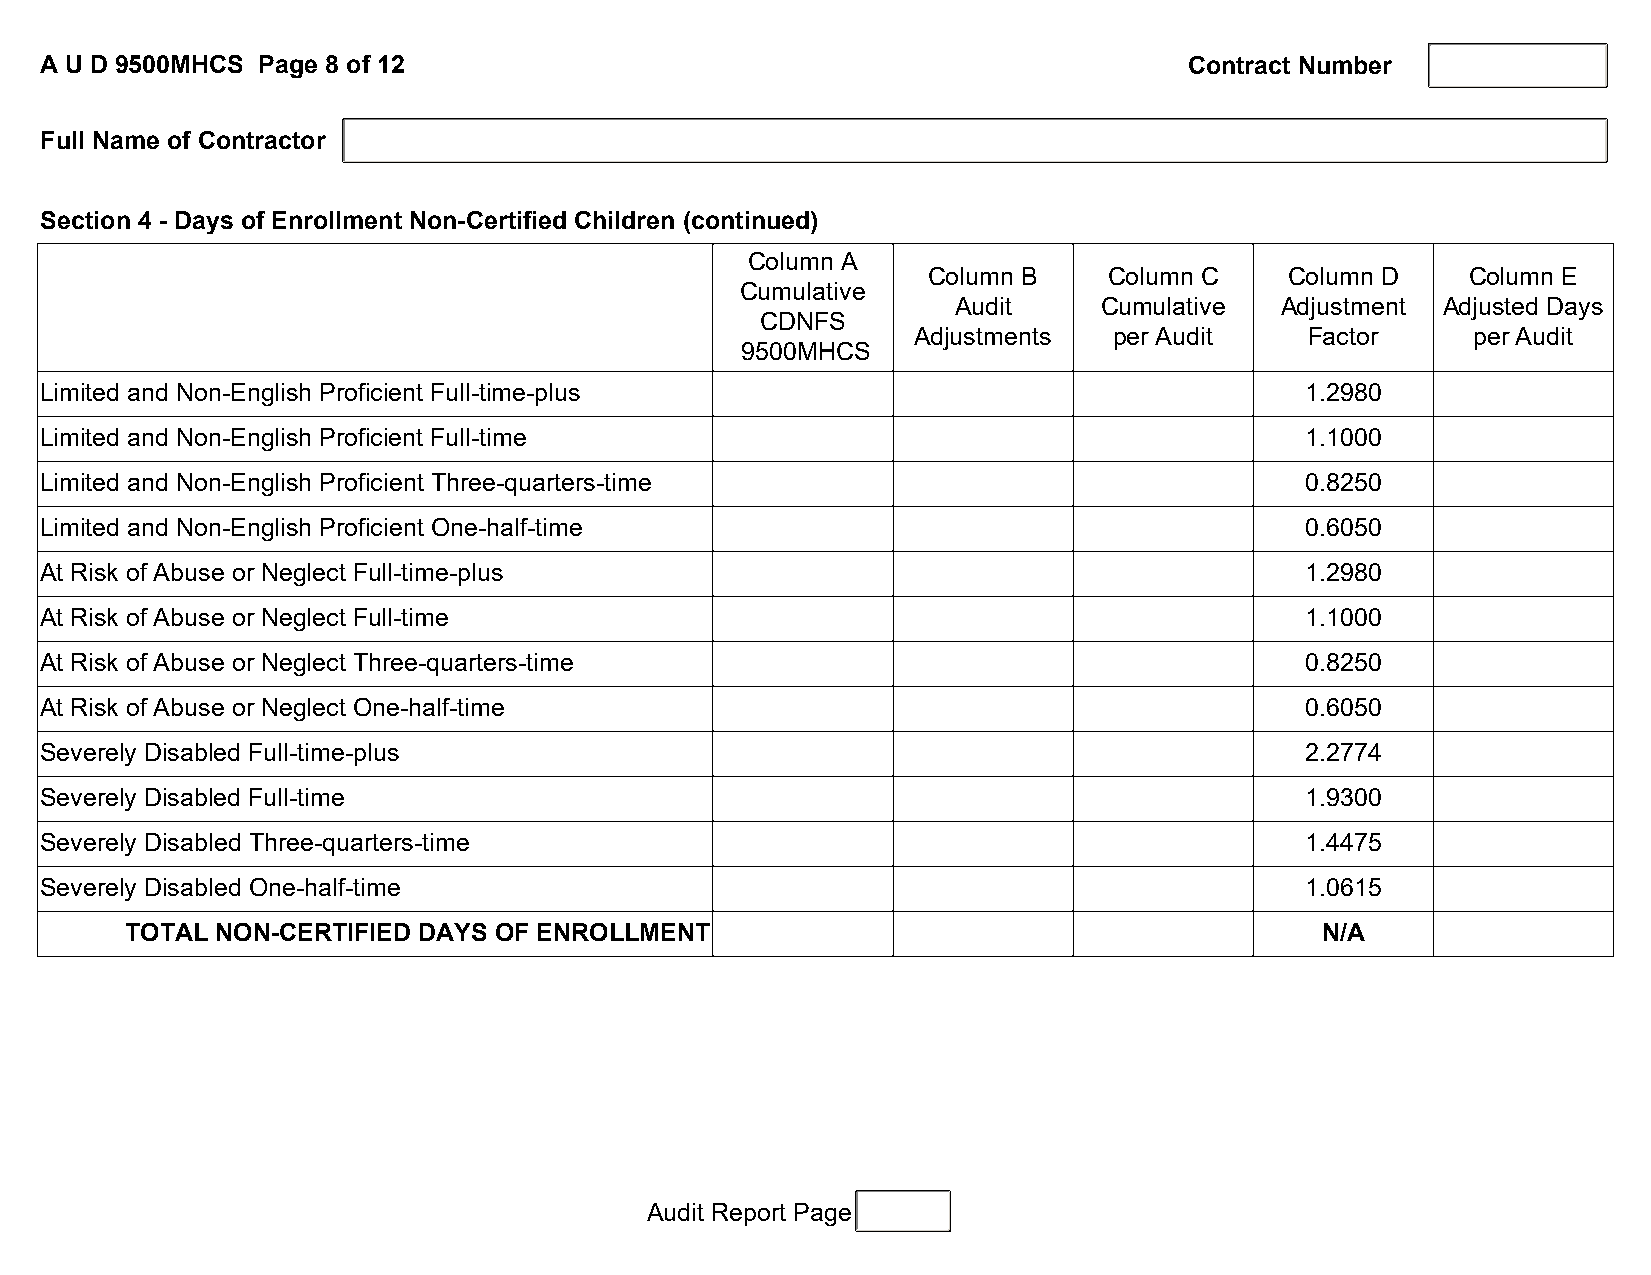
A U D 9500MHCS Page 8 of 12                                                 Contract Number
 Full Name of Contractor
 Section 4 - Days of Enrollment Non-Certified Children (continued)
 Column A
 Column B    Column C    Column D    Column E
 Cumulative
 Audit     Cumulative  Adjustment Adjusted Days
 CDNFS
 Adjustments   per Audit    Factor    per Audit
 9500MHCS
 Limited and Non-English Proficient Full-time-plus                                  1.2980
 Limited and Non-English Proficient Full-time                                       1.1000
 Limited and Non-English Proficient Three-quarters-time                             0.8250
 Limited and Non-English Proficient One-half-time                                   0.6050
 At Risk of Abuse or Neglect Full-time-plus                                         1.2980
 At Risk of Abuse or Neglect Full-time                                              1.1000
 At Risk of Abuse or Neglect Three-quarters-time                                    0.8250
 At Risk of Abuse or Neglect One-half-time                                          0.6050
 Severely Disabled Full-time-plus                                                   2.2774
 Severely Disabled Full-time                                                        1.9300
 Severely Disabled Three-quarters-time                                              1.4475
 Severely Disabled One-half-time                                                    1.0615
 TOTAL NON-CERTIFIED DAYS OF ENROLLMENT                                         N/A
 Audit Report Page